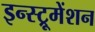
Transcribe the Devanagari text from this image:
इन्‍स्ट्रूमेंशन